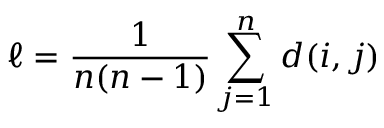
\ell = \frac 1 { n ( n - 1 ) } \sum _ { j = 1 } ^ { n } d ( i , j )